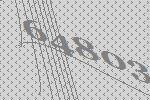
64803